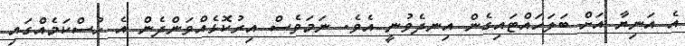
އެ އަނިޔާ އަށް ބަލަހައްޓައިގެން އިނދެވުނީ އެވެ. ނަމަވެސް އިރުކޮޅެއްވަންދެން އެ ހުސްކަމެއްގައި